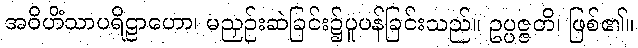
အဝိဟိံသာပရိဠာဟော၊ မညှဉ်းဆဲခြင်း၌ပူပန်ခြင်းသည်။ ဥပ္ပဇ္ဇတိ၊ ဖြစ်၏။